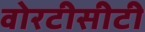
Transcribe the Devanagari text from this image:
वोरटीसीटी